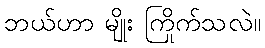
ဘယ်ဟာ မျိုး ကြိုက်သလဲ။